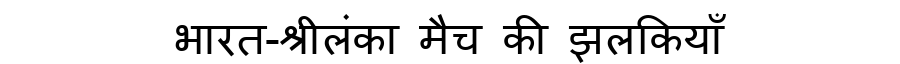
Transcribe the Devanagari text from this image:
भारत-श्रीलंका मैच की झलकियाँ